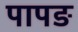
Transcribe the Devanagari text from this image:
पापङ